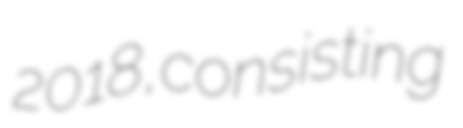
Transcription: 2018, consisting